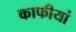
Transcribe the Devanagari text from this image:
काफीयां